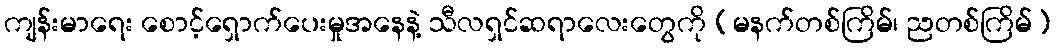
ကျန်းမာရေး စောင့်ရှောက်ပေးမှုအနေနဲ့ သီလရှင်ဆရာလေးတွေကို (မနက်တစ်ကြိမ်၊ ညတစ်ကြိမ်)